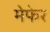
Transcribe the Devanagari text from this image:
मेफेर